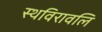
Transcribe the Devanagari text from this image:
स्थविरावलि